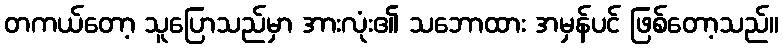
တကယ်တော့ သူပြောသည်မှာ အားလုံး၏ သဘောထား အမှန်ပင် ဖြစ်တော့သည်။